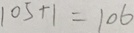
1 0 5 + 1 = 1 0 6